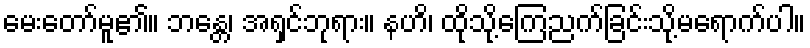
မေးတော်မူ၏။ ဘန္တေ၊ အရှင်ဘုရား။ နဟိ၊ ထိုသို့ကြေညက်ခြင်းသို့မရောက်ပါ။